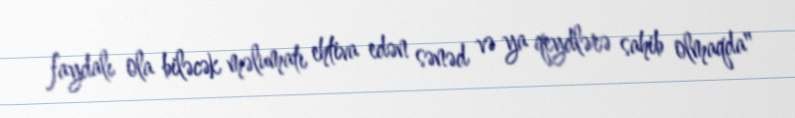
faydalı ola biləcək məlumatı ehtiva edən sənəd və ya qeydlərə sahib olmaqda"